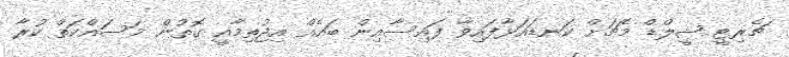
ޗެރިޓީ ޝީލްޑް މެޗަށް ކަނޑައަޅާފައިވާ ފައިސާއިން ބައެއް އިޖުތިމާއީ ގޮތުން މަސައްކަތް ކުރާ